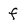
Character: f